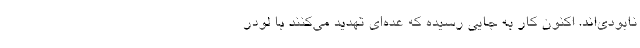
نابودی‌اند. اکنون کار به جایی رسیده که عده‌ای تهدید می‌کنند با لودر